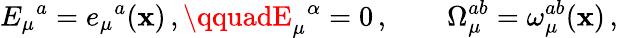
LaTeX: E_{\mu}{}^{a}=e_{\mu}{}^{a}(\mathbf{x})\, ,\qquadE_{\mu}{}^{\alpha}=0\, ,\qquad\Omega_{\mu}^{ab}=\omega_{\mu}^{ab}(\mathbf{x})\, ,